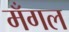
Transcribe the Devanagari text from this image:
मँगल